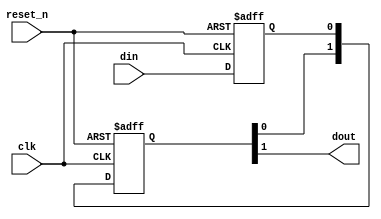
// Copyright(c) 2017, Intel Corporation
//
// Redistribution  and  use  in source  and  binary  forms,  with  or  without
// modification, are permitted provided that the following conditions are met:
//
// * Redistributions of  source code  must retain the  above copyright notice,
//   this list of conditions and the following disclaimer.
// * Redistributions in binary form must reproduce the above copyright notice,
//   this list of conditions and the following disclaimer in the documentation
//   and/or other materials provided with the distribution.
// * Neither the name  of Intel Corporation  nor the names of its contributors
//   may be used to  endorse or promote  products derived  from this  software
//   without specific prior written permission.
//
// THIS SOFTWARE IS PROVIDED BY THE COPYRIGHT HOLDERS AND CONTRIBUTORS "AS IS"
// AND ANY EXPRESS OR IMPLIED WARRANTIES, INCLUDING,  BUT NOT LIMITED TO,  THE
// IMPLIED WARRANTIES OF  MERCHANTABILITY AND FITNESS FOR A PARTICULAR PURPOSE
// ARE DISCLAIMED.  IN NO EVENT  SHALL THE COPYRIGHT OWNER  OR CONTRIBUTORS BE
// LIABLE  FOR  ANY  DIRECT,  INDIRECT,  INCIDENTAL,  SPECIAL,  EXEMPLARY,  OR
// CONSEQUENTIAL  DAMAGES  (INCLUDING,  BUT  NOT LIMITED  TO,  PROCUREMENT  OF
// SUBSTITUTE GOODS OR SERVICES;  LOSS OF USE,  DATA, OR PROFITS;  OR BUSINESS
// INTERRUPTION)  HOWEVER CAUSED  AND ON ANY THEORY  OF LIABILITY,  WHETHER IN
// CONTRACT,  STRICT LIABILITY,  OR TORT  (INCLUDING NEGLIGENCE  OR OTHERWISE)
// ARISING IN ANY WAY OUT OF THE USE OF THIS SOFTWARE,  EVEN IF ADVISED OF THE
// POSSIBILITY OF SUCH DAMAGE.



// $Id: //acds/main/ip/sopc/components/primitives/altera_std_synchronizer/altera_std_synchronizer.v#8 $
// $Revision: #8 $
// $Date: 2009/02/18 $
// $Author: pscheidt $
//-----------------------------------------------------------------------------
//
//
// Abstract: Single bit clock domain crossing synchronizer. Exactly the same
//           as altera_std_synchronizer.v, except that the embedded false
//           path constraint is removed in this module. If you use this
//           module, you will have to apply the appropriate timing
//           constraints.
//
//           We expect to make this a standard Quartus atom eventually.
//
//           Composed of two or more flip flops connected in series.
//           Random metastable condition is simulated when the
//           __ALTERA_STD__METASTABLE_SIM macro is defined.
//           Use +define+__ALTERA_STD__METASTABLE_SIM argument
//           on the Verilog simulator compiler command line to
//           enable this mode. In addition, define the macro
//           __ALTERA_STD__METASTABLE_SIM_VERBOSE to get console output
//           with every metastable event generated in the synchronizer.
//
// Copyright (C) Altera Corporation 2009, All Rights Reserved
//-----------------------------------------------------------------------------

`timescale 1ns / 1ns

module altera_std_synchronizer_nocut (
                                clk,
                                reset_n,
                                din,
                                dout
                                );

   parameter depth = 3; // This value must be >= 2 !
   parameter rst_value = 0;

   input   clk;
   input   reset_n;
   input   din;
   output  dout;

   // QuartusII synthesis directives:
   //     1. Preserve all registers ie. do not touch them.
   //     2. Do not merge other flip-flops with synchronizer flip-flops.
   // QuartusII TimeQuest directives:
   //     1. Identify all flip-flops in this module as members of the synchronizer
   //        to enable automatic metastability MTBF analysis.

   (* altera_attribute = {"-name ADV_NETLIST_OPT_ALLOWED NEVER_ALLOW; -name SYNCHRONIZER_IDENTIFICATION FORCED; -name DONT_MERGE_REGISTER ON; -name PRESERVE_REGISTER ON  "} *) reg din_s1;

   (* altera_attribute = {"-name ADV_NETLIST_OPT_ALLOWED NEVER_ALLOW; -name DONT_MERGE_REGISTER ON; -name PRESERVE_REGISTER ON"} *) reg [depth-2:0] dreg;

   //synthesis translate_off
   initial begin
      if (depth <2) begin
         $display("%m: Error: synchronizer length: %0d less than 2.", depth);
      end
   end

   // the first synchronizer register is either a simple D flop for synthesis
   // and non-metastable simulation or a D flop with a method to inject random
   // metastable events resulting in random delay of [0,1] cycles

`ifdef __ALTERA_STD__METASTABLE_SIM

   reg[31:0]  RANDOM_SEED = 123456;
   wire  next_din_s1;
   wire  dout;
   reg   din_last;
   reg          random;
   event metastable_event; // hook for debug monitoring

   initial begin
      $display("%m: Info: Metastable event injection simulation mode enabled");
   end

   always @(posedge clk) begin
      if (reset_n == 0)
        random <= $random(RANDOM_SEED);
      else
        random <= $random;
   end

   assign next_din_s1 = (din_last ^ din) ? random : din;

   always @(posedge clk or negedge reset_n) begin
       if (reset_n == 0)
         din_last <= (rst_value == 0)? 1'b0 : 1'b1;
       else
         din_last <= din;
   end

   always @(posedge clk or negedge reset_n) begin
       if (reset_n == 0)
         din_s1 <= (rst_value == 0)? 1'b0 : 1'b1;
       else
         din_s1 <= next_din_s1;
   end

`else

   //synthesis translate_on
   generate if (rst_value == 0)
       always @(posedge clk or negedge reset_n) begin
           if (reset_n == 0)
             din_s1 <= 1'b0;
           else
             din_s1 <= din;
       end
   endgenerate

   generate if (rst_value == 1)
       always @(posedge clk or negedge reset_n) begin
           if (reset_n == 0)
             din_s1 <= 1'b1;
           else
             din_s1 <= din;
       end
   endgenerate
   //synthesis translate_off

`endif

`ifdef __ALTERA_STD__METASTABLE_SIM_VERBOSE
   always @(*) begin
      if (reset_n && (din_last != din) && (random != din)) begin
         $display("%m: Verbose Info: metastable event @ time %t", $time);
         ->metastable_event;
      end
   end
`endif

   //synthesis translate_on

   // the remaining synchronizer registers form a simple shift register
   // of length depth-1
   generate if (rst_value == 0)
      if (depth < 3) begin
         always @(posedge clk or negedge reset_n) begin
            if (reset_n == 0)
              dreg <= {depth-1{1'b0}};
            else
              dreg <= din_s1;
         end
      end else begin
         always @(posedge clk or negedge reset_n) begin
            if (reset_n == 0)
              dreg <= {depth-1{1'b0}};
            else
              dreg <= {dreg[depth-3:0], din_s1};
         end
      end
   endgenerate

   generate if (rst_value == 1)
      if (depth < 3) begin
         always @(posedge clk or negedge reset_n) begin
            if (reset_n == 0)
              dreg <= {depth-1{1'b1}};
            else
              dreg <= din_s1;
         end
      end else begin
         always @(posedge clk or negedge reset_n) begin
            if (reset_n == 0)
              dreg <= {depth-1{1'b1}};
            else
              dreg <= {dreg[depth-3:0], din_s1};
         end
      end
   endgenerate

   assign dout = dreg[depth-2];

endmodule